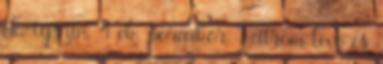
ek. tejszín, 4 ek. porcukor, 1 citrom leve és